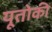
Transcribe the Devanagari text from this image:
यूतोकी